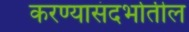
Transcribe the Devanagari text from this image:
करण्यासंदर्भातील